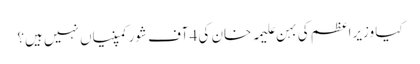
کیا وزیراعظم کی بہن علیمہ خان کی 4 آف شور کمپنیاں نہیں ہیں؟